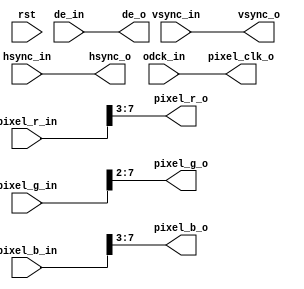
/*
--   : 2015-05-17
--   : EP4CE22F17C8
--   : odck_in<=165MHz
--   : odckv/hsyncdepixel_*
*/
module tfp410(
input wire rst,

input wire odck_in,
input wire vsync_in,
input wire hsync_in,
input wire de_in,
input wire[7:0] pixel_r_in,
input wire[7:0] pixel_g_in,
input wire[7:0] pixel_b_in,

output wire pixel_clk_o,
output wire vsync_o,
output wire hsync_o,
output wire de_o,
output wire[4:0] pixel_r_o,
output wire[5:0] pixel_g_o,
output wire[4:0] pixel_b_o

);

assign pixel_clk_o = odck_in;
assign vsync_o = vsync_in;
assign hsync_o = hsync_in;
assign de_o = de_in;
assign pixel_r_o = pixel_r_in[7:3];
assign pixel_g_o = pixel_g_in[7:2];
assign pixel_b_o = pixel_b_in[7:3];


endmodule